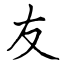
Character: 友